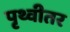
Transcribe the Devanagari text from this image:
पृथ्वीतर